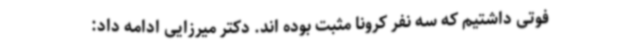
فوتی داشتیم که سه نفر کرونا مثبت بوده اند. دکتر میرزایی ادامه داد: